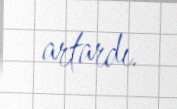
artardı.